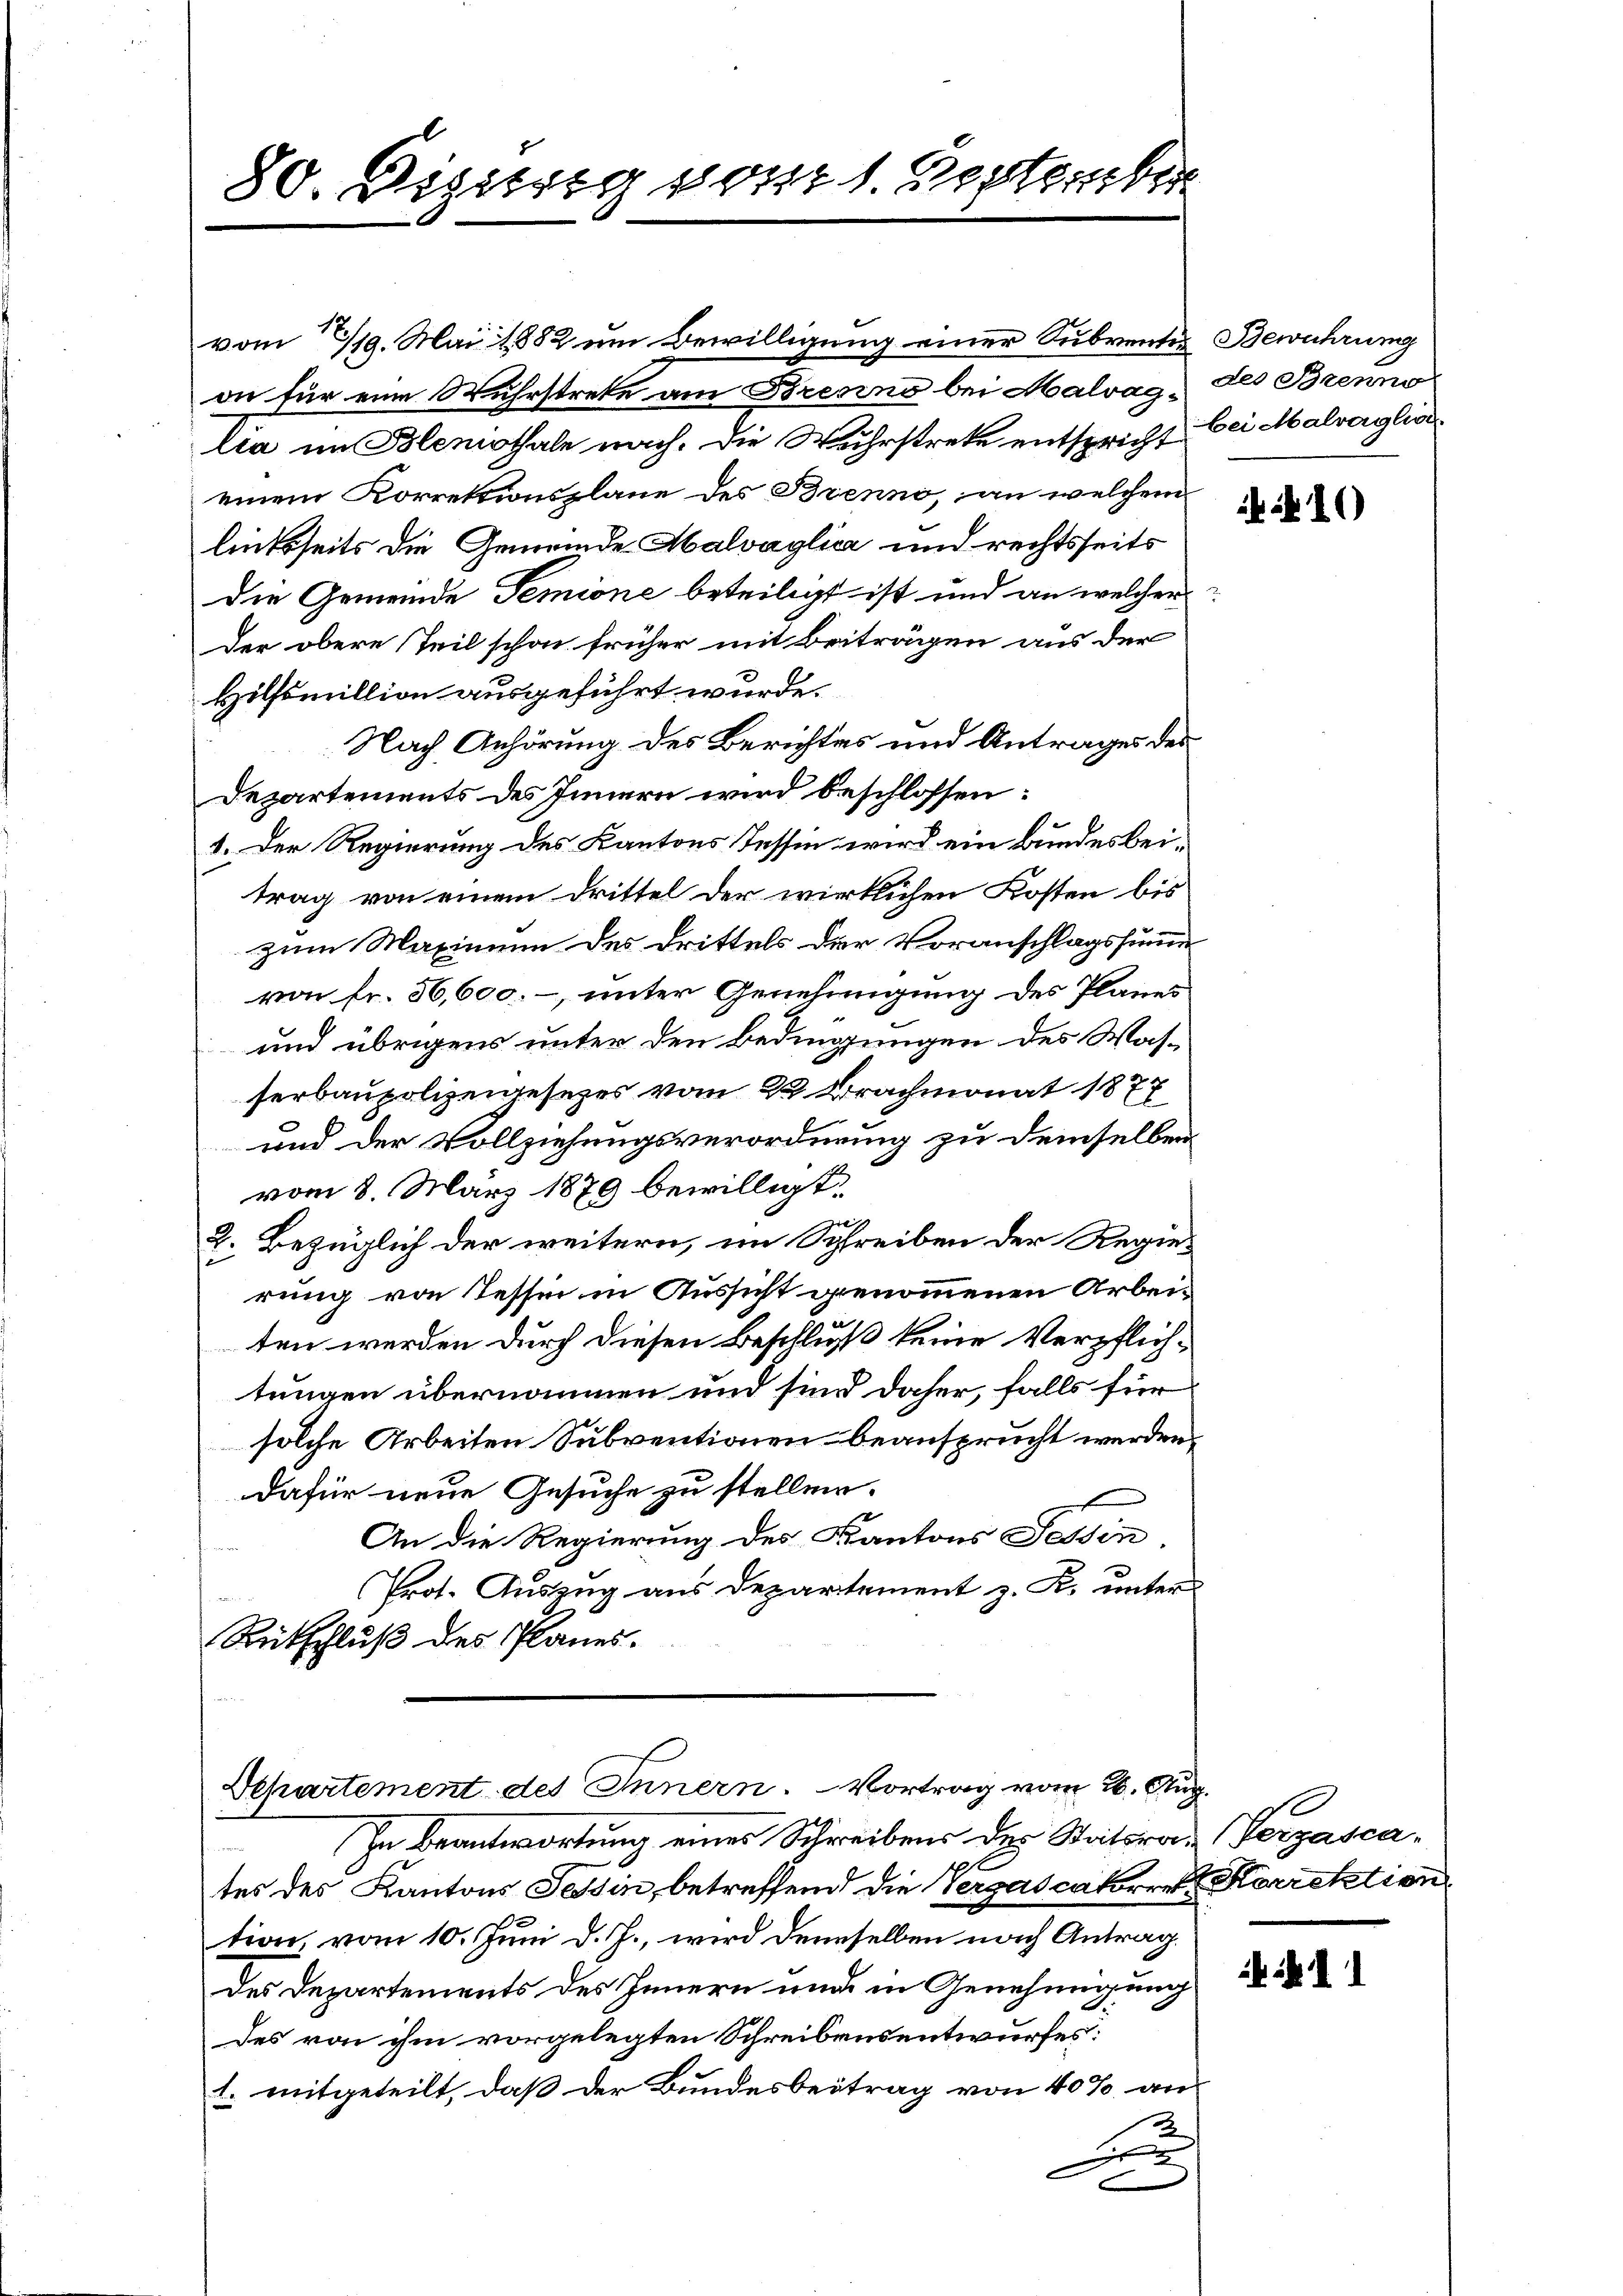
80. Seitig vom 1. September

vom 19. Mai 1882 um Bewilligung einer Subventes Bewahrung
on für eine Wuhrstrete am Brenne bei Malvag, des Brenno
lia im Bleniothale nach. Die Wuhrstreke entspricht bei Malvaglio
einem Korrektionsplane des Brenno, an welchem
linksseits die Gemeinde Malvaglica und rechtsseits
die Gemeinde Temione beteiligt ist und an welcher
der obere Teil schon früher mit Beiträgen aus der
Hilfsmillion ausgeführt wurde.
Nach Anhörung des Berichtes und Antrages des
Departements des Innern wird beschlossen:
1. Der Regierung des Kantons Tessin wird ein bundes beitrag von einem Drittel der wirklichen Kosten bis
zum Maximum des Drittels der Voranschlagssumme
von fr. 36,600. –, unter Genehmigung des Planes
und übrigens unter den Bedingungen des Was-
serbaupolizeigesezes vom 22. Brachmonat 1877
und der Vollziehungsverordnung zu demselben
vom 8. März 1879 bewilligt.
2. Bezüglich der weitern, im Schreiben der Regierung von Tessin in Aussicht genommenen Arbeiten werden durch diesen Beschluß keine Verpflichtungen übernommen und sind daher, falls für
solche Arbeiten Subventionen beansprucht werden.
dafür neue Gesuche zu stellen.
An die Regierung des Kantons Tessin,
Prot. Auszug aus Departement z. K. unter
Rutschluß des Planes.
Departement des Innern. Vortrag vom 26. Aug.

In Beantwortung eines Schreibens der Statsrau (Verzascates des Kantons Tessin, betreffend die Vergascatoren Korrektion
tion, vom 10. Juni d. J., wird demselben nach Antrag.
des Departements des Innern und in Genehmigung
des von ihm vorgelegten Schreibensentwurfes:
1. mitgeteilt, daß der Bundesbeitrag von 40% an
2
g

410

11